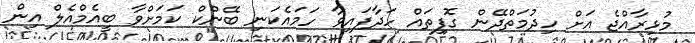
މުޅިރާއްޖެ އަށް ހިދުމަތްދޭން ގޮފިތައް ހަދާފައިވާ ހަމައެކަނި ބޭންކް ކަމަށްވާ ބީއެމްއެލް އިން